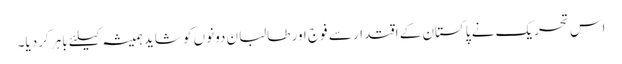
اس تحریک نے پاکستان کے اقتدار سے فوج اور طالبان دونوں کو شاید ہمیشہ کیلئے باہر کردیا۔